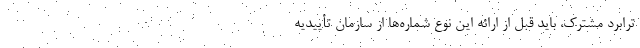
ترابرد مشترک، باید قبل از ارائه این نوع شماره‌ها از سازمان تأییدیه